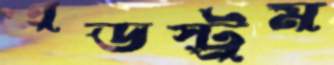
এডস্ট্রম